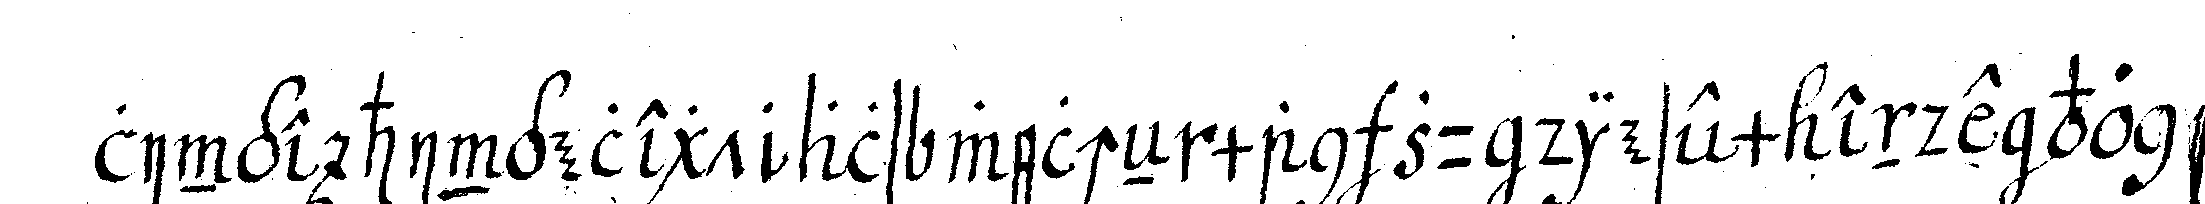
linge hingelegt als welcheN man zu diesem ende von